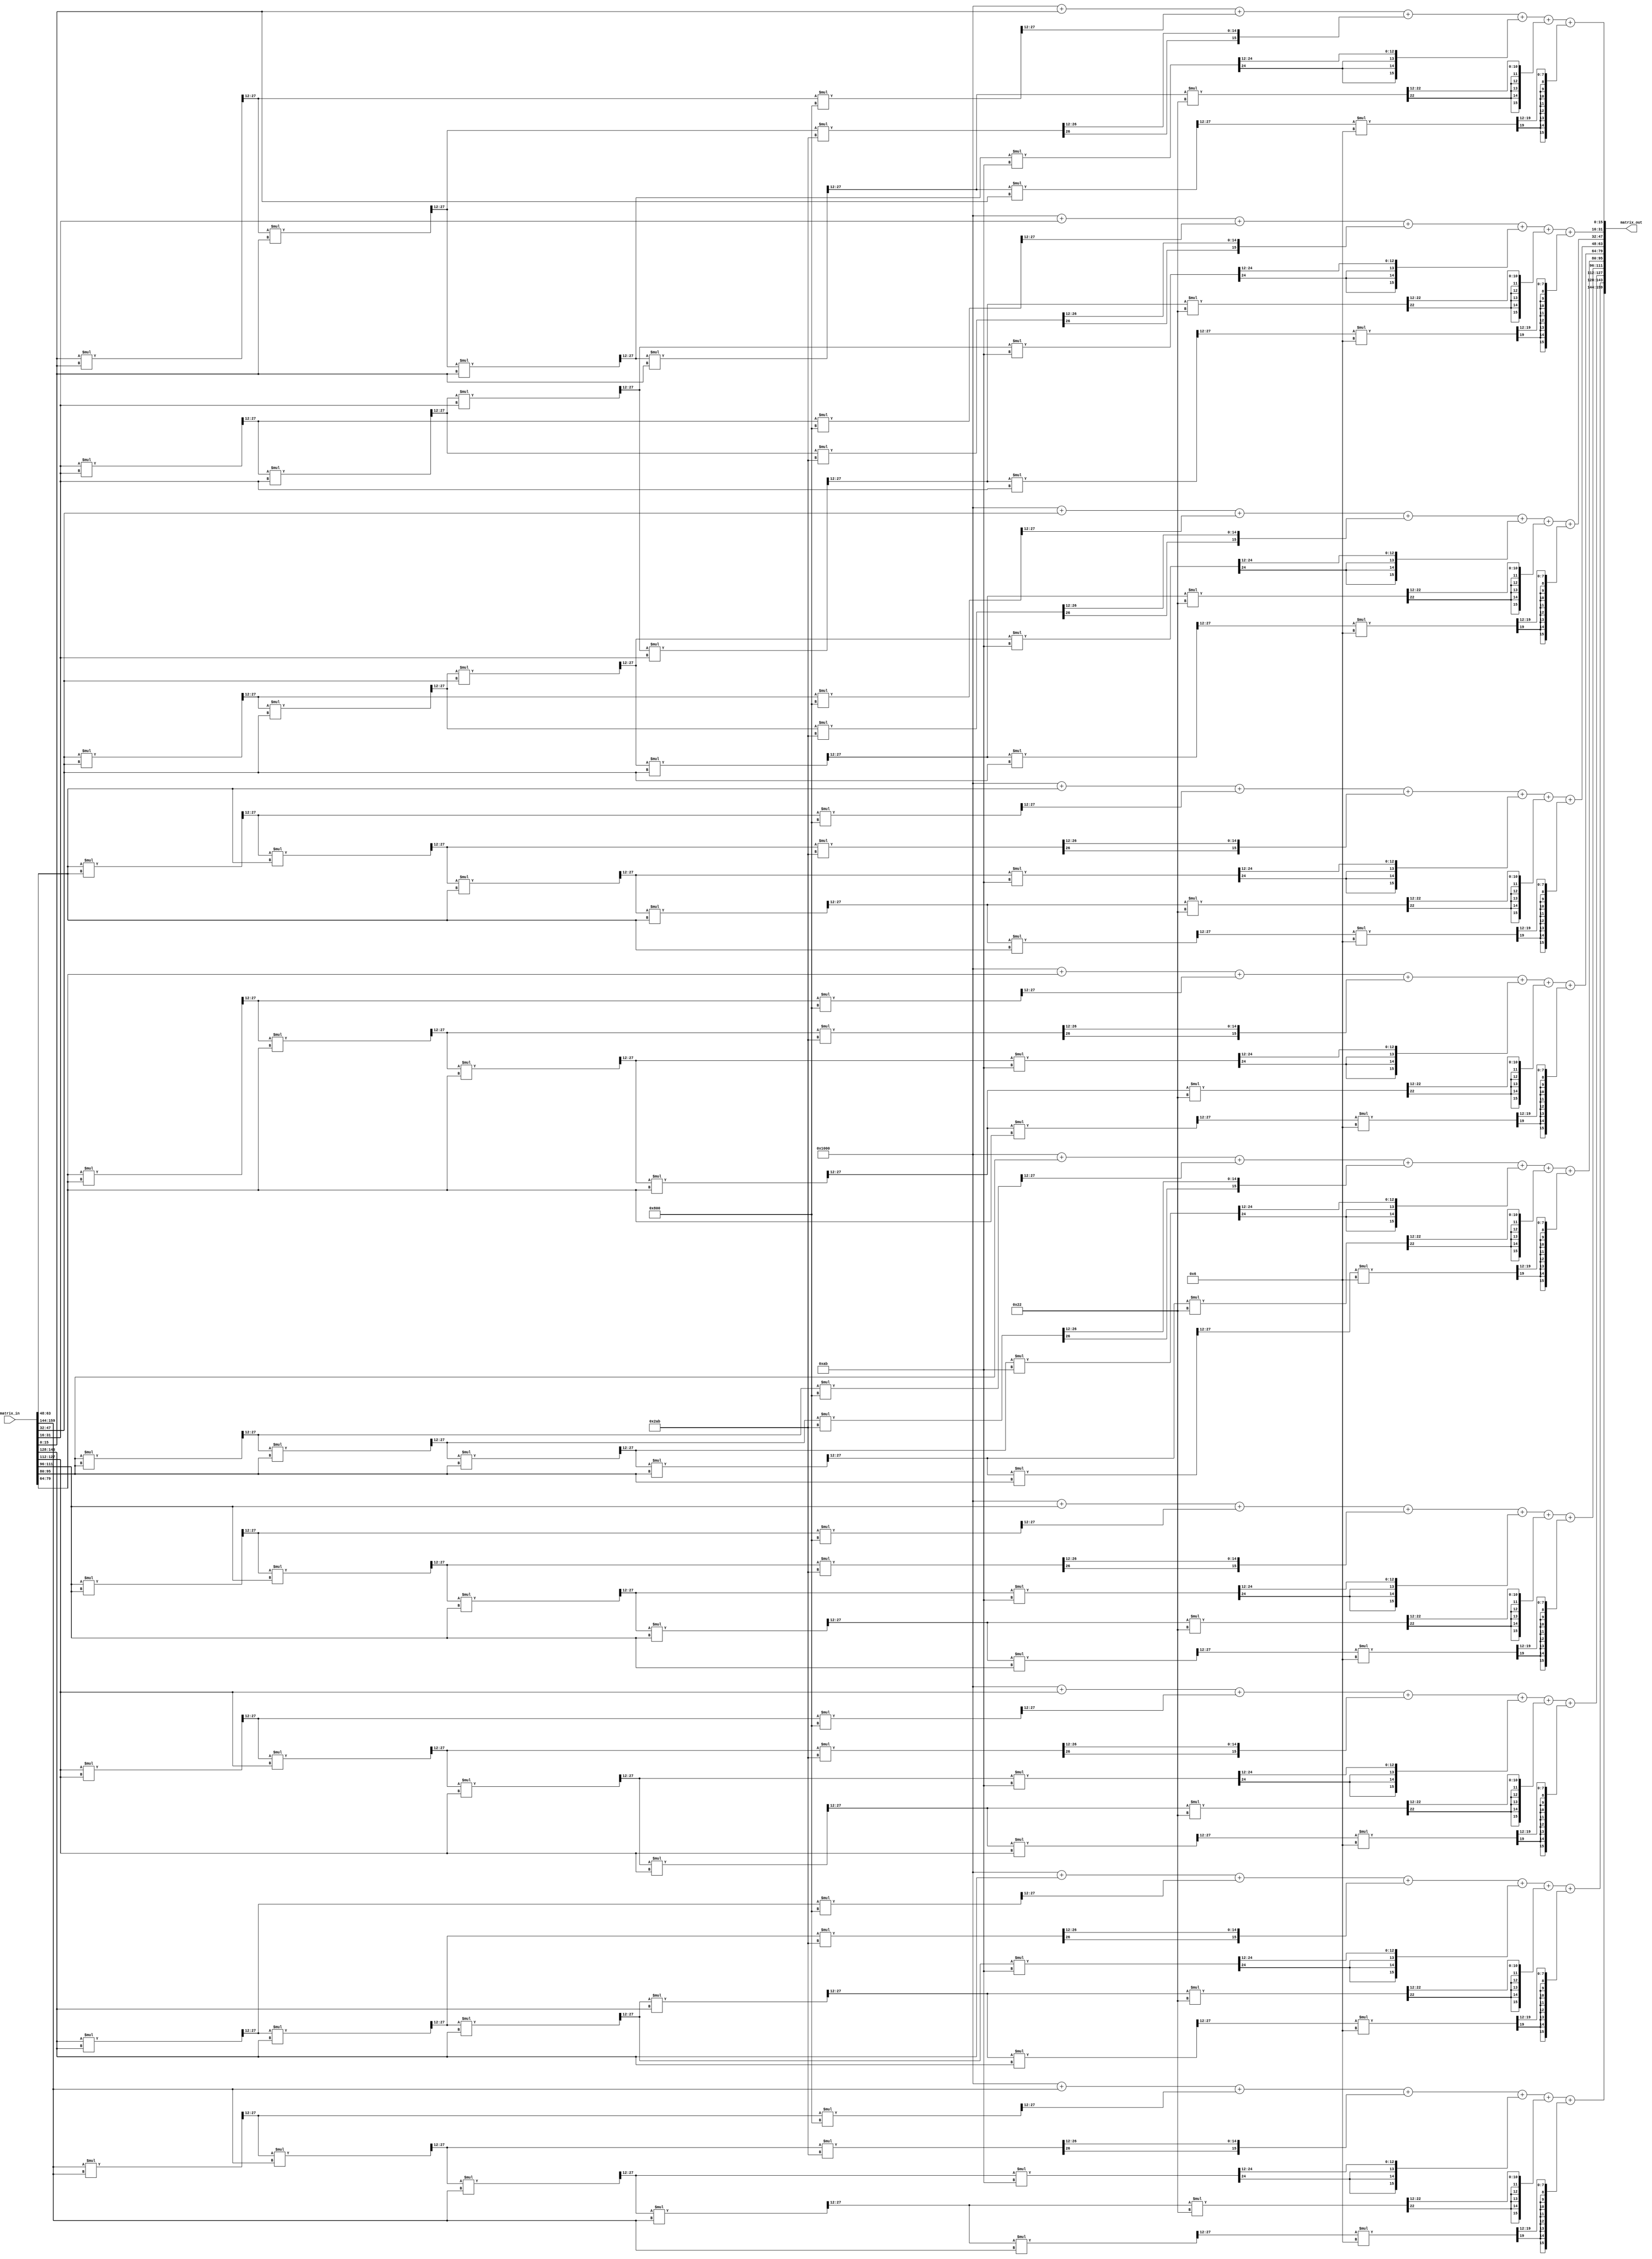
`timescale 1ns / 1ps
module softmax_activation_Function#(parameter DATA_WIDTH=16, parameter OUTPUT_COLs=10)
(
    input [0:(DATA_WIDTH*OUTPUT_COLs)-1]matrix_in,
    output [0:(DATA_WIDTH*OUTPUT_COLs)-1]matrix_out
);

wire [0:(DATA_WIDTH*OUTPUT_COLs*2)-1]X2;
wire [0:(DATA_WIDTH*OUTPUT_COLs*2)-1]ConstX2;
wire [0:(DATA_WIDTH*OUTPUT_COLs*2)-1]X3;
wire [0:(DATA_WIDTH*OUTPUT_COLs*2)-1]ConstX3;
wire [0:(DATA_WIDTH*OUTPUT_COLs*2)-1]X4;
wire [0:(DATA_WIDTH*OUTPUT_COLs*2)-1]ConstX4;
wire [0:(DATA_WIDTH*OUTPUT_COLs*2)-1]X5;
wire [0:(DATA_WIDTH*OUTPUT_COLs*2)-1]ConstX5;
wire [0:(DATA_WIDTH*OUTPUT_COLs*2)-1]X6;
wire [0:(DATA_WIDTH*OUTPUT_COLs*2)-1]ConstX6;

genvar i;
generate 
    for (i=0; i < OUTPUT_COLs ; i=i+1)
    begin
        assign X2[(i*2*DATA_WIDTH) +: 2*DATA_WIDTH] = ($signed(matrix_in[(i*DATA_WIDTH) +: DATA_WIDTH]) * $signed(matrix_in[(i*DATA_WIDTH) +: DATA_WIDTH]));
        assign ConstX2[(i*2*DATA_WIDTH) +: 2*DATA_WIDTH] = $signed(X2[(i*2*DATA_WIDTH + 4) +: DATA_WIDTH]) * $signed(16'h0800);
        
        assign X3[(i*2*DATA_WIDTH) +: 2*DATA_WIDTH] = ($signed(X2[(i*2*DATA_WIDTH + 4) +: DATA_WIDTH]) * $signed(matrix_in[(i*DATA_WIDTH) +: DATA_WIDTH]));
        assign ConstX3[(i*2*DATA_WIDTH) +: 2*DATA_WIDTH] = $signed(X3[(i*2*DATA_WIDTH + 4) +: DATA_WIDTH]) * $signed(16'h02AB);        
        
        assign X4[(i*2*DATA_WIDTH) +: 2*DATA_WIDTH] = ($signed(X3[(i*2*DATA_WIDTH + 4) +: DATA_WIDTH]) * $signed(matrix_in[(i*DATA_WIDTH) +: DATA_WIDTH]));
        assign ConstX4[(i*2*DATA_WIDTH) +: 2*DATA_WIDTH] = $signed(X4[(i*2*DATA_WIDTH + 4) +: DATA_WIDTH]) * $signed(16'h00AB);
        
        assign X5[(i*2*DATA_WIDTH) +: 2*DATA_WIDTH] = ($signed(X4[(i*2*DATA_WIDTH + 4) +: DATA_WIDTH]) * $signed(matrix_in[(i*DATA_WIDTH) +: DATA_WIDTH]));
        assign ConstX5[(i*2*DATA_WIDTH) +: 2*DATA_WIDTH] = $signed(X5[(i*2*DATA_WIDTH + 4) +: DATA_WIDTH]) * $signed(16'h0022);
        
        assign X6[(i*2*DATA_WIDTH) +: 2*DATA_WIDTH] = ($signed(X5[(i*2*DATA_WIDTH + 4) +: DATA_WIDTH]) * $signed(matrix_in[(i*DATA_WIDTH) +: DATA_WIDTH]));
        assign ConstX6[(i*2*DATA_WIDTH) +: 2*DATA_WIDTH] = $signed(X6[(i*2*DATA_WIDTH + 4) +: DATA_WIDTH]) * $signed(16'h0006);  
              
        assign matrix_out[(i*DATA_WIDTH) +: DATA_WIDTH] = 16'h1000 + matrix_in[(i*DATA_WIDTH) +: DATA_WIDTH] +
                                                          ConstX2[(i*2*DATA_WIDTH + 4) +: DATA_WIDTH] +
                                                          ConstX3[(i*2*DATA_WIDTH + 4) +: DATA_WIDTH] +
                                                          ConstX4[(i*2*DATA_WIDTH + 4) +: DATA_WIDTH] +
                                                          ConstX5[(i*2*DATA_WIDTH + 4) +: DATA_WIDTH] +
                                                          ConstX6[(i*2*DATA_WIDTH + 4) +: DATA_WIDTH];     
    end
endgenerate

endmodule